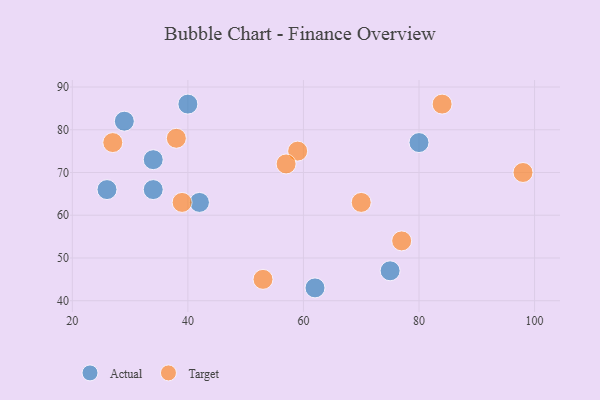
{"axis": {"x": "GDP", "y": "Life Expectancy"}, "legend": ["Actual", "Target"], "data": [{"x": "75", "y": 47, "type": "Actual"}, {"x": "34", "y": 73, "type": "Actual"}, {"x": "29", "y": 82, "type": "Actual"}, {"x": "42", "y": 63, "type": "Actual"}, {"x": "62", "y": 43, "type": "Actual"}, {"x": "34", "y": 66, "type": "Actual"}, {"x": "26", "y": 66, "type": "Actual"}, {"x": "80", "y": 77, "type": "Actual"}, {"x": "40", "y": 86, "type": "Actual"}, {"x": "77", "y": 54, "type": "Target"}, {"x": "59", "y": 75, "type": "Target"}, {"x": "57", "y": 72, "type": "Target"}, {"x": "38", "y": 78, "type": "Target"}, {"x": "39", "y": 63, "type": "Target"}, {"x": "84", "y": 86, "type": "Target"}, {"x": "53", "y": 45, "type": "Target"}, {"x": "70", "y": 63, "type": "Target"}, {"x": "27", "y": 77, "type": "Target"}, {"x": "98", "y": 70, "type": "Target"}]}